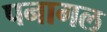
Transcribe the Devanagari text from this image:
पनागल